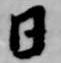
日